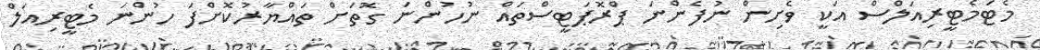
މެޓަމެޓީރިއަލްސް އަކީ ވެށިން ނުފެންނަ ޕްރޮޕަޓީސްތައް ނުހުންނަ ގޮތަށް ތައްޔާރުކޮށްފަ ހުންނަ މެޓީރިއަލް